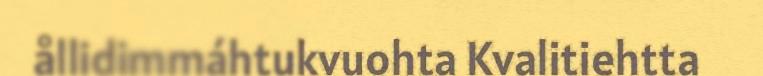
ållidimmáhtukvuohta Kvalitiehtta